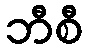
ဘီစီ